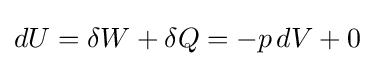
dU=\delta W+\delta Q=-p\,dV+0